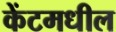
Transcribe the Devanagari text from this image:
केंटमधील